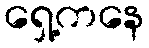
ရှေ့ကနေ